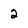
Character: 2